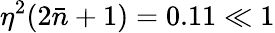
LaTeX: \eta^{2}(2\bar{n}+1)=0.11\ll 1